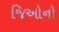
જિઓનો